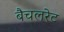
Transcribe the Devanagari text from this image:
बैचलरेट